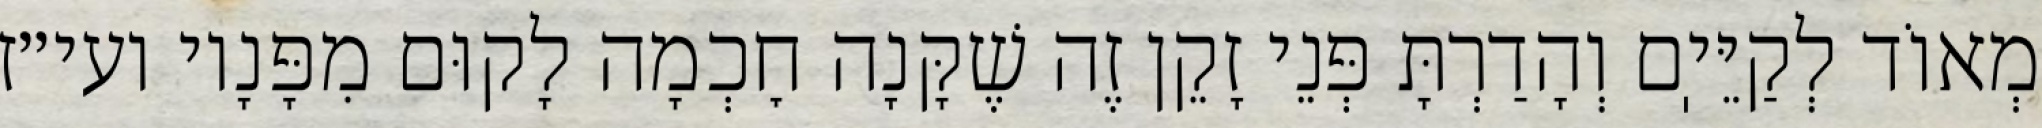
מְאוֹד לְקַיֵּיֽם וְהָדַרְתָּ פְּנֵי זָקֵן זֶה שֶׁקָּנָה חׇכְמָה לָקוּם מִפָּנָיו ועי״ז